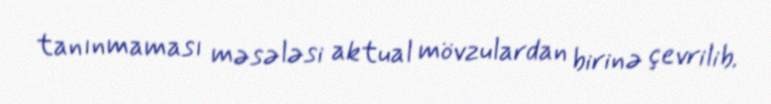
tanınmaması məsələsi aktual mövzulardan birinə çevrilib.